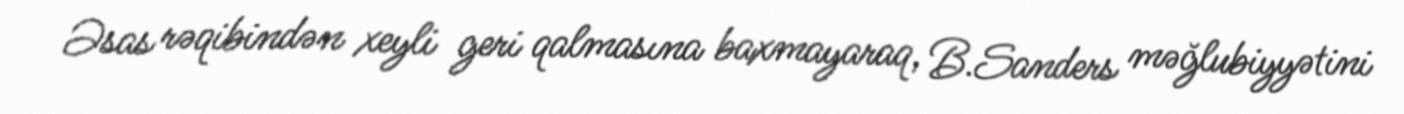
Əsas rəqibindən xeyli geri qalmasına baxmayaraq, B.Sanders məğlubiyyətini